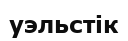
уэльстік